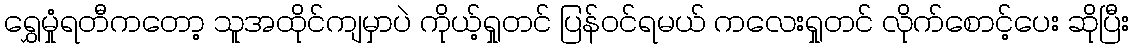
ရွှေမှုံရတီကတော့ သူအထိုင်ကျမှာပဲ ကိုယ့်ရှုတင် ပြန်ဝင်ရမယ် ကလေးရှုတင် လိုက်စောင့်ပေး ဆိုပြီး